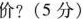
价?(5分)